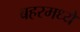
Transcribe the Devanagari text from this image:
बहरमध्ये